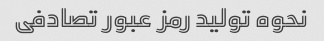
نحوه تولید رمز عبور تصادفی